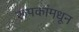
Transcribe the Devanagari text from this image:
रूपकांमधून